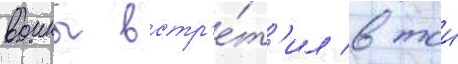
воины встр'е́т'ил в тои